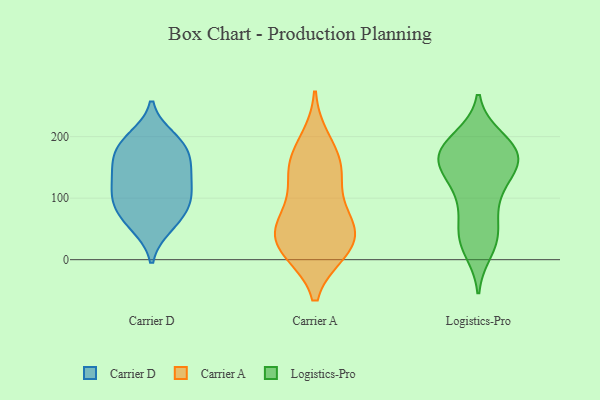
{"axis": {"x": "Waste Production (Tons)", "y": "Value"}, "legend": ["Carrier A", "Carrier D", "Logistics-Pro"], "data": [{"x": "", "y": 183, "type": "Carrier D"}, {"x": "", "y": 189, "type": "Carrier D"}, {"x": "", "y": 151, "type": "Carrier D"}, {"x": "", "y": 96, "type": "Carrier D"}, {"x": "", "y": 59, "type": "Carrier D"}, {"x": "", "y": 198, "type": "Carrier D"}, {"x": "", "y": 132, "type": "Carrier D"}, {"x": "", "y": 148, "type": "Carrier D"}, {"x": "", "y": 183, "type": "Carrier D"}, {"x": "", "y": 74, "type": "Carrier D"}, {"x": "", "y": 149, "type": "Carrier D"}, {"x": "", "y": 54, "type": "Carrier D"}, {"x": "", "y": 97, "type": "Carrier D"}, {"x": "", "y": 110, "type": "Carrier D"}, {"x": "", "y": 100, "type": "Carrier D"}, {"x": "", "y": 29, "type": "Carrier A"}, {"x": "", "y": 15, "type": "Carrier A"}, {"x": "", "y": 56, "type": "Carrier A"}, {"x": "", "y": 193, "type": "Carrier A"}, {"x": "", "y": 15, "type": "Carrier A"}, {"x": "", "y": 71, "type": "Carrier A"}, {"x": "", "y": 138, "type": "Carrier A"}, {"x": "", "y": 156, "type": "Carrier A"}, {"x": "", "y": 14, "type": "Carrier A"}, {"x": "", "y": 61, "type": "Carrier A"}, {"x": "", "y": 49, "type": "Carrier A"}, {"x": "", "y": 162, "type": "Carrier A"}, {"x": "", "y": 126, "type": "Carrier A"}, {"x": "", "y": 190, "type": "Logistics-Pro"}, {"x": "", "y": 179, "type": "Logistics-Pro"}, {"x": "", "y": 103, "type": "Logistics-Pro"}, {"x": "", "y": 51, "type": "Logistics-Pro"}, {"x": "", "y": 151, "type": "Logistics-Pro"}, {"x": "", "y": 30, "type": "Logistics-Pro"}, {"x": "", "y": 177, "type": "Logistics-Pro"}, {"x": "", "y": 16, "type": "Logistics-Pro"}, {"x": "", "y": 148, "type": "Logistics-Pro"}, {"x": "", "y": 93, "type": "Logistics-Pro"}, {"x": "", "y": 34, "type": "Logistics-Pro"}, {"x": "", "y": 197, "type": "Logistics-Pro"}, {"x": "", "y": 188, "type": "Logistics-Pro"}, {"x": "", "y": 160, "type": "Logistics-Pro"}, {"x": "", "y": 174, "type": "Logistics-Pro"}, {"x": "", "y": 102, "type": "Logistics-Pro"}, {"x": "", "y": 39, "type": "Logistics-Pro"}, {"x": "", "y": 154, "type": "Logistics-Pro"}, {"x": "", "y": 158, "type": "Logistics-Pro"}, {"x": "", "y": 143, "type": "Logistics-Pro"}]}